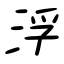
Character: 浮